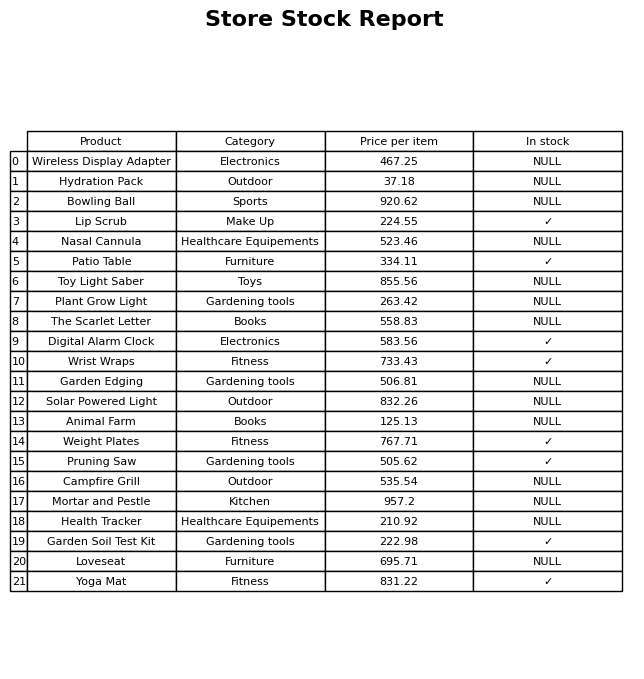
question: What is the price of the Animal Farm?
answer: The price of Animal Farm is 125.13.